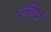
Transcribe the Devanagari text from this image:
ऊझियां